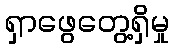
ရှာဖွေတွေ့ရှိမှု